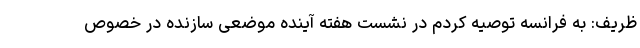
ظریف: به فرانسه توصیه کردم در نشست هفته آینده موضعی سازنده در خصوص